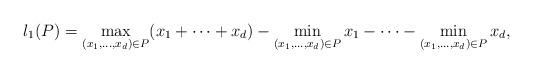
LaTeX: \begin{align*}l_1(P)=\max\limits_{(x_1,\dots,x_d)\in P} (x_1+\cdots+x_d)-\min\limits_{(x_1,\dots,x_d)\in P} x_1-\cdots-\min\limits_{(x_1,\dots,x_d)\in P} x_d,\end{align*}